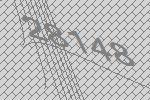
28148